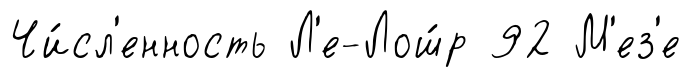
Чи́сл'енность Л'е-Лош́р 92 М'ез'е